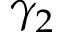
\gamma _ { 2 }